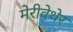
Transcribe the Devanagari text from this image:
मेरीवेथेर